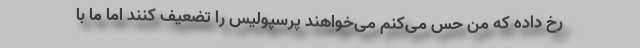
رخ داده که من حس می‌کنم می‌خواهند پرسپولیس را تضعیف کنند اما ما با